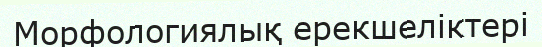
Морфологиялық ерекшеліктері